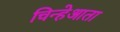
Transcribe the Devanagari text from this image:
चिन्हेआता